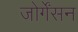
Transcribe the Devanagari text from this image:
जोर्गेंसन